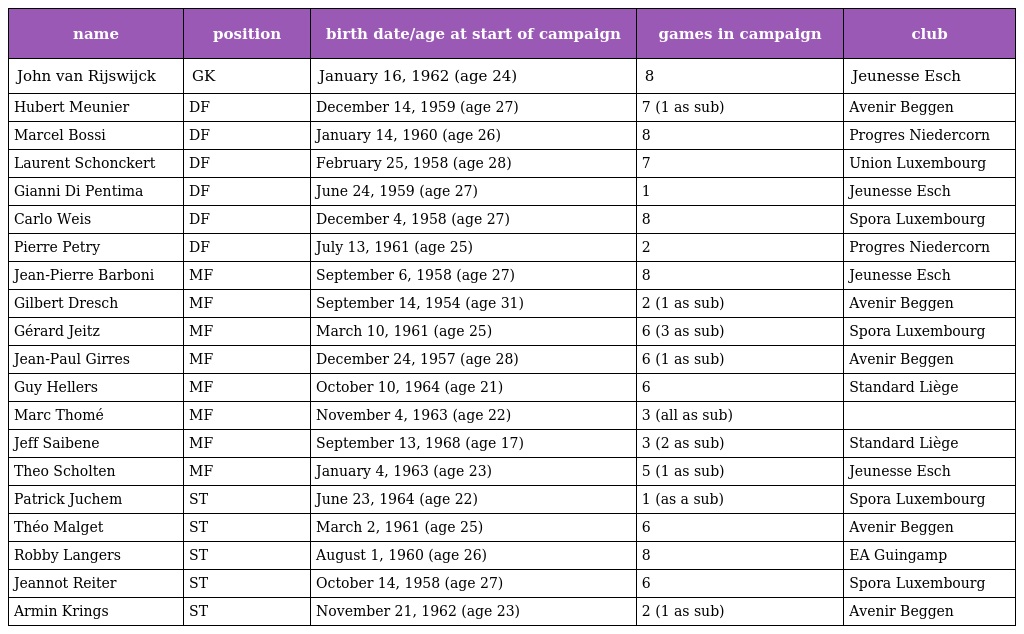
| name | position | birth date/age at start of campaign | games in campaign | club |
 | --- | --- | --- | --- | --- |
 | John van Rijswijck | GK | January 16, 1962 (age 24) | 8 | Jeunesse Esch |
 | Hubert Meunier | DF | December 14, 1959 (age 27) | 7 (1 as sub) | Avenir Beggen |
 | Marcel Bossi | DF | January 14, 1960 (age 26) | 8 | Progres Niedercorn |
 | Laurent Schonckert | DF | February 25, 1958 (age 28) | 7 | Union Luxembourg |
 | Gianni Di Pentima | DF | June 24, 1959 (age 27) | 1 | Jeunesse Esch |
 | Carlo Weis | DF | December 4, 1958 (age 27) | 8 | Spora Luxembourg |
 | Pierre Petry | DF | July 13, 1961 (age 25) | 2 | Progres Niedercorn |
 | Jean-Pierre Barboni | MF | September 6, 1958 (age 27) | 8 | Jeunesse Esch |
 | Gilbert Dresch | MF | September 14, 1954 (age 31) | 2 (1 as sub) | Avenir Beggen |
 | Gérard Jeitz | MF | March 10, 1961 (age 25) | 6 (3 as sub) | Spora Luxembourg |
 | Jean-Paul Girres | MF | December 24, 1957 (age 28) | 6 (1 as sub) | Avenir Beggen |
 | Guy Hellers | MF | October 10, 1964 (age 21) | 6 | Standard Liège |
 | Marc Thomé | MF | November 4, 1963 (age 22) | 3 (all as sub) |  |
 | Jeff Saibene | MF | September 13, 1968 (age 17) | 3 (2 as sub) | Standard Liège |
 | Theo Scholten | MF | January 4, 1963 (age 23) | 5 (1 as sub) | Jeunesse Esch |
 | Patrick Juchem | ST | June 23, 1964 (age 22) | 1 (as a sub) | Spora Luxembourg |
 | Théo Malget | ST | March 2, 1961 (age 25) | 6 | Avenir Beggen |
 | Robby Langers | ST | August 1, 1960 (age 26) | 8 | EA Guingamp |
 | Jeannot Reiter | ST | October 14, 1958 (age 27) | 6 | Spora Luxembourg |
 | Armin Krings | ST | November 21, 1962 (age 23) | 2 (1 as sub) | Avenir Beggen |